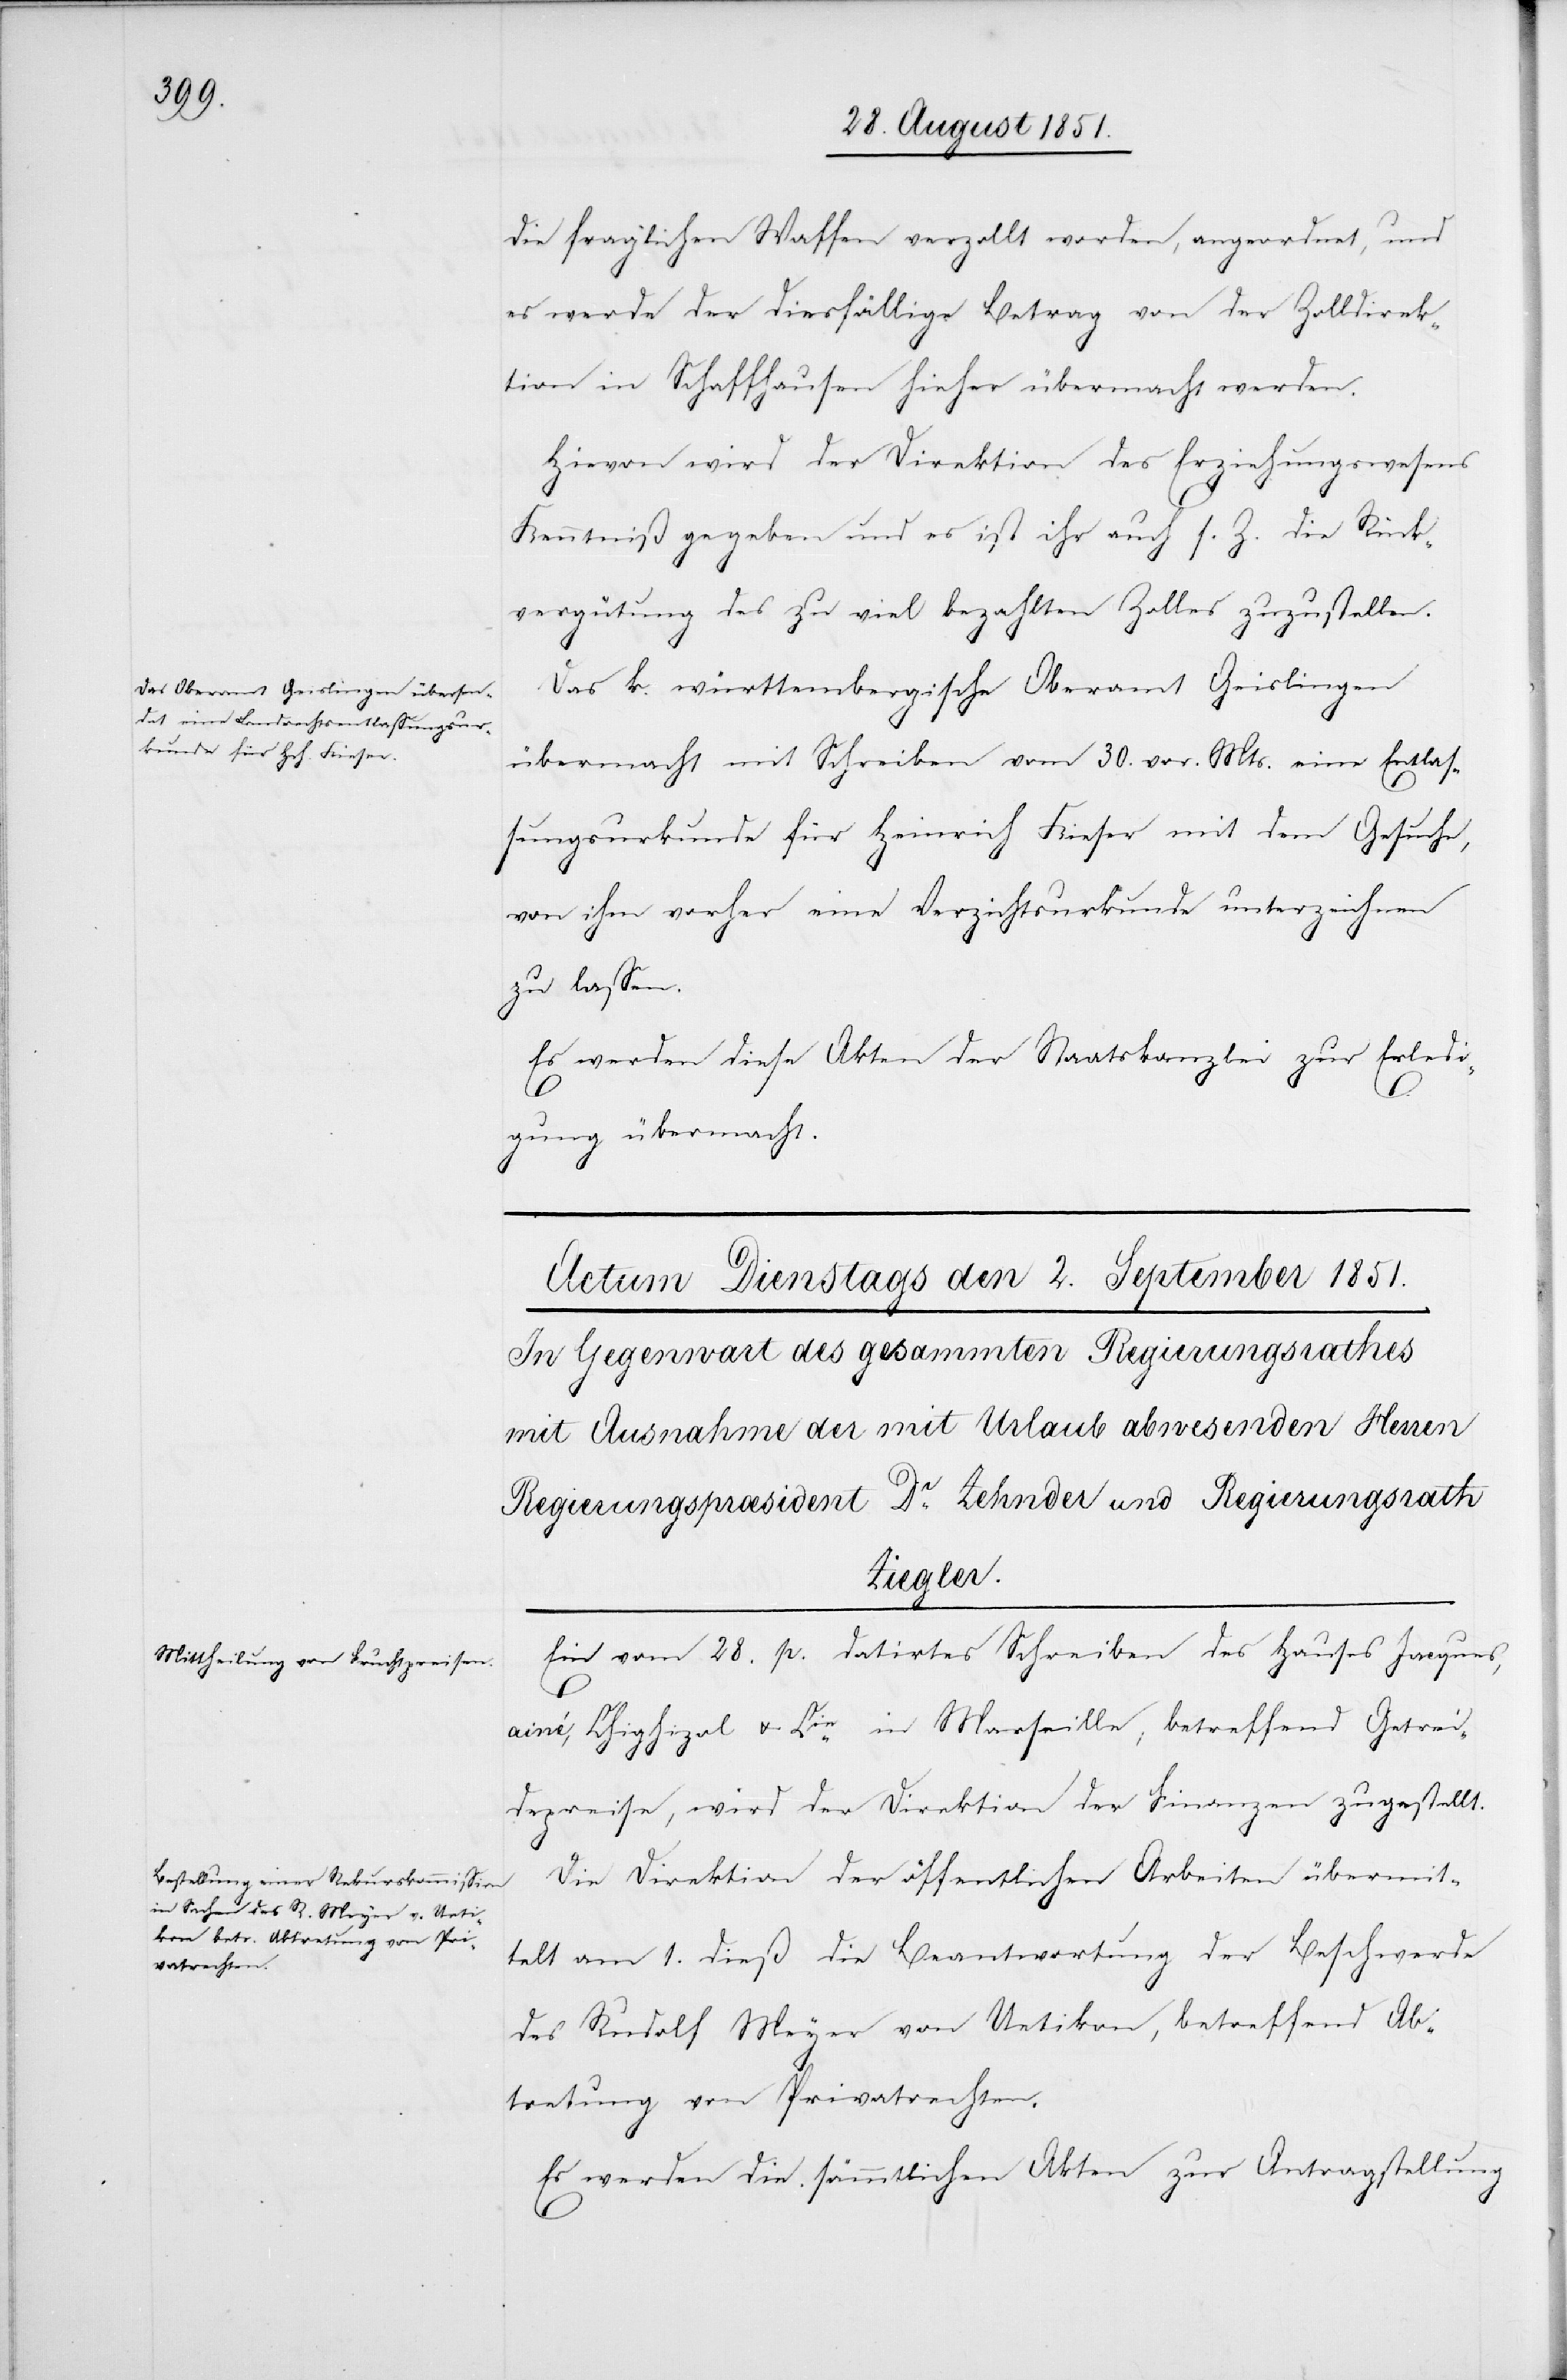
die fraglichen Waffen verzollt worden, angeordnet, und
es werde der diesfällige Betrag von der Zolldirek¬
tion in Schaffhausen hieher übermacht werden.
Hievon wird der Direktion des Erziehungswesens
Kenntniß gegeben und es ist ihr auch s. Z. die Rück¬
vergütung des zu viel bezahlten Zolles zuzustellen.
1.
Das k. württembergische Oberamt Geislingen
übermacht mit Schreiben vom 30. vor. Mts. eine Entlas¬
sungsurkunde für Heinrich Kieser mit dem Gesuche,
von ihm vorher eine Verzichtsurkunde unterzeichnen
zu lassen.
Es werden diese Akten der Staatskanzlei zur Erledi¬
gung übermacht.
Ein vom 28. p. datirtes Schreiben des Hauses Jacques,
ainé, Chighizol u. Cie. in Marseille, betreffend Getrei¬
depreise, wird der Direktion der Finanzen zugestellt.
Die Direktion der öffentlichen Arbeiten übermit¬
telt am 1. dieß die Beantwortung der Beschwerde
des Rudolf Meyer von Uetikon, betreffend Ab¬
tretung von Privatrechten.
Es werden die sämmtlichen Akten zur Antragstellung